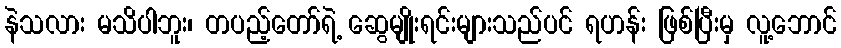
နဲသလား မသိပါဘူး၊ တပည့်တော်ရဲ့ ဆွေမျိုးရင်းများသည်ပင် ရဟန်း ဖြစ်ပြီးမှ လူ့ဘောင်